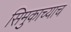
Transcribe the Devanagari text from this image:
सिमुकाच्याच